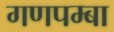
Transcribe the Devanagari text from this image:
गणपम्बा